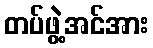
တပ်ဖွဲ့အင်အား